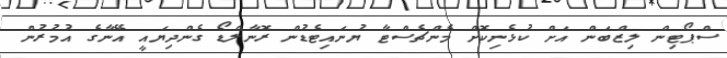
ސްޕޯޓިން ލިޒްބަން އަށް ކުޅެނިކޮށް މެންޗެސްޓާ ޔުނައިޓެޑުން ރޮނާލްޑޯ ގެންދިޔައީ އޭނާގެ އުމުރުން